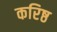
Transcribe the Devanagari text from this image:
करिष्ठ